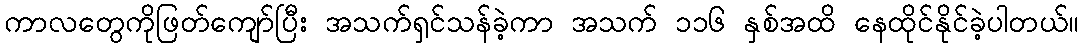
ကာလတွေကိုဖြတ်ကျော်ပြီး အသက်ရှင်သန်ခဲ့ကာ အသက် ၁၁၆ နှစ်အထိ နေထိုင်နိုင်ခဲ့ပါတယ်။